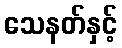
သေနတ်နှင့်